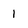
Character: 1